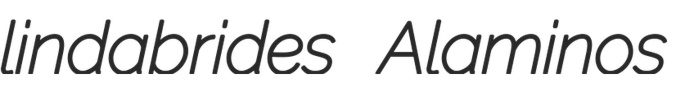
lindabrides Alaminos